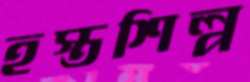
হস্তশিল্প